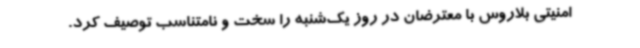
امنیتی بلاروس با معترضان در روز یک‌شنبه را سخت و نامتناسب توصیف کرد.